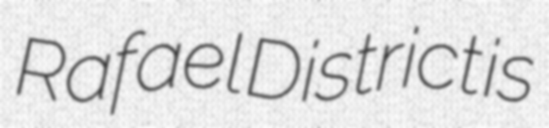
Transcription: Rafael District is